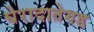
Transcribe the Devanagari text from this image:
घेरादातेगड